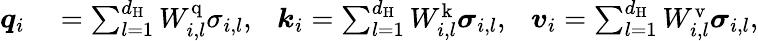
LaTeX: \begin{array}{rl}{\boldsymbol{q}_{i}}&{{}=\sum_{l=1}^{d_{\mathrm{H}}}W_{i,l}^{\mathrm{q}}\sigma_{i,l},\ \ \ \boldsymbol{k}_{i}=\sum_{l=1}^{d_{\mathrm{H}}}W_{i,l}^{\mathrm{k}}\boldsymbol{\sigma}_{i,l},\ \ \ \boldsymbol{v}_{i}=\sum_{l=1}^{d_{\mathrm{H}}}W_{i,l}^{\mathrm{v}}\boldsymbol{\sigma}_{i,l},}\end{array}